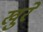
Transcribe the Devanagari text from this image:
खुरे